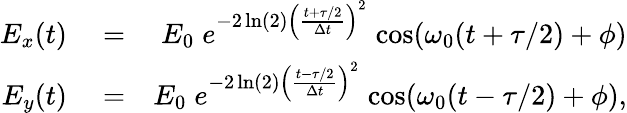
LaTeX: \begin{array}{rlr}{E_{x}(t)}&{{}=}&{E_{0}\; e^{-2\ln(2)\left(\frac{t+\tau/2}{\Delta t}\right)^{2}}\; \mathrm{cos}(\omega_{0}(t+\tau/2)+\phi)}\\ {E_{y}(t)}&{{}=}&{E_{0}\; e^{-2\ln(2)\left(\frac{t-\tau/2}{\Delta t}\right)^{2}}\; \mathrm{cos}(\omega_{0}(t-\tau/2)+\phi),}\end{array}